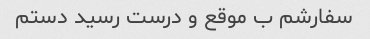
سفارشم ب موقع و درست رسید دستم